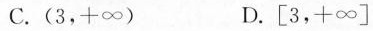
C.(3，+ ∞) D.[3，+∞]